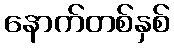
နောက်တစ်နှစ်